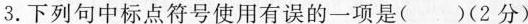
3.下列句中标点符号使用有误的一项是( )(2分)